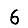
Digit: 6